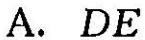
A. DE